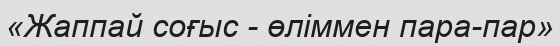
«Жаппай соғыс - өліммен пара-пар»